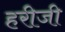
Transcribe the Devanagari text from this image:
हरीजी